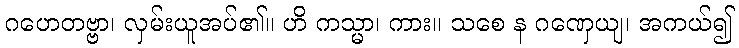
ဂဟေတဗ္ဗာ၊ လှမ်းယူအပ်၏။ ဟိ ကသ္မာ၊ ကား။ သစေ န ဂဏှေယျ၊ အကယ်၍